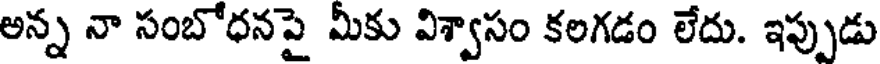
అన్న నా సంబోధనపై మీకు విశ్వాసం కలగడం లేదు. ఇప్పుడు